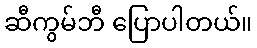
ဆီကွမ်ဘီ ပြောပါတယ်။